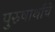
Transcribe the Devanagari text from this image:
पुरुषार्थाचे